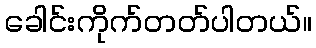
ခေါင်းကိုက်တတ်ပါတယ်။